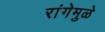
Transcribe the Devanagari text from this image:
रांगेमुळे